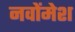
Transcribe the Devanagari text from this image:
नवोंमेश